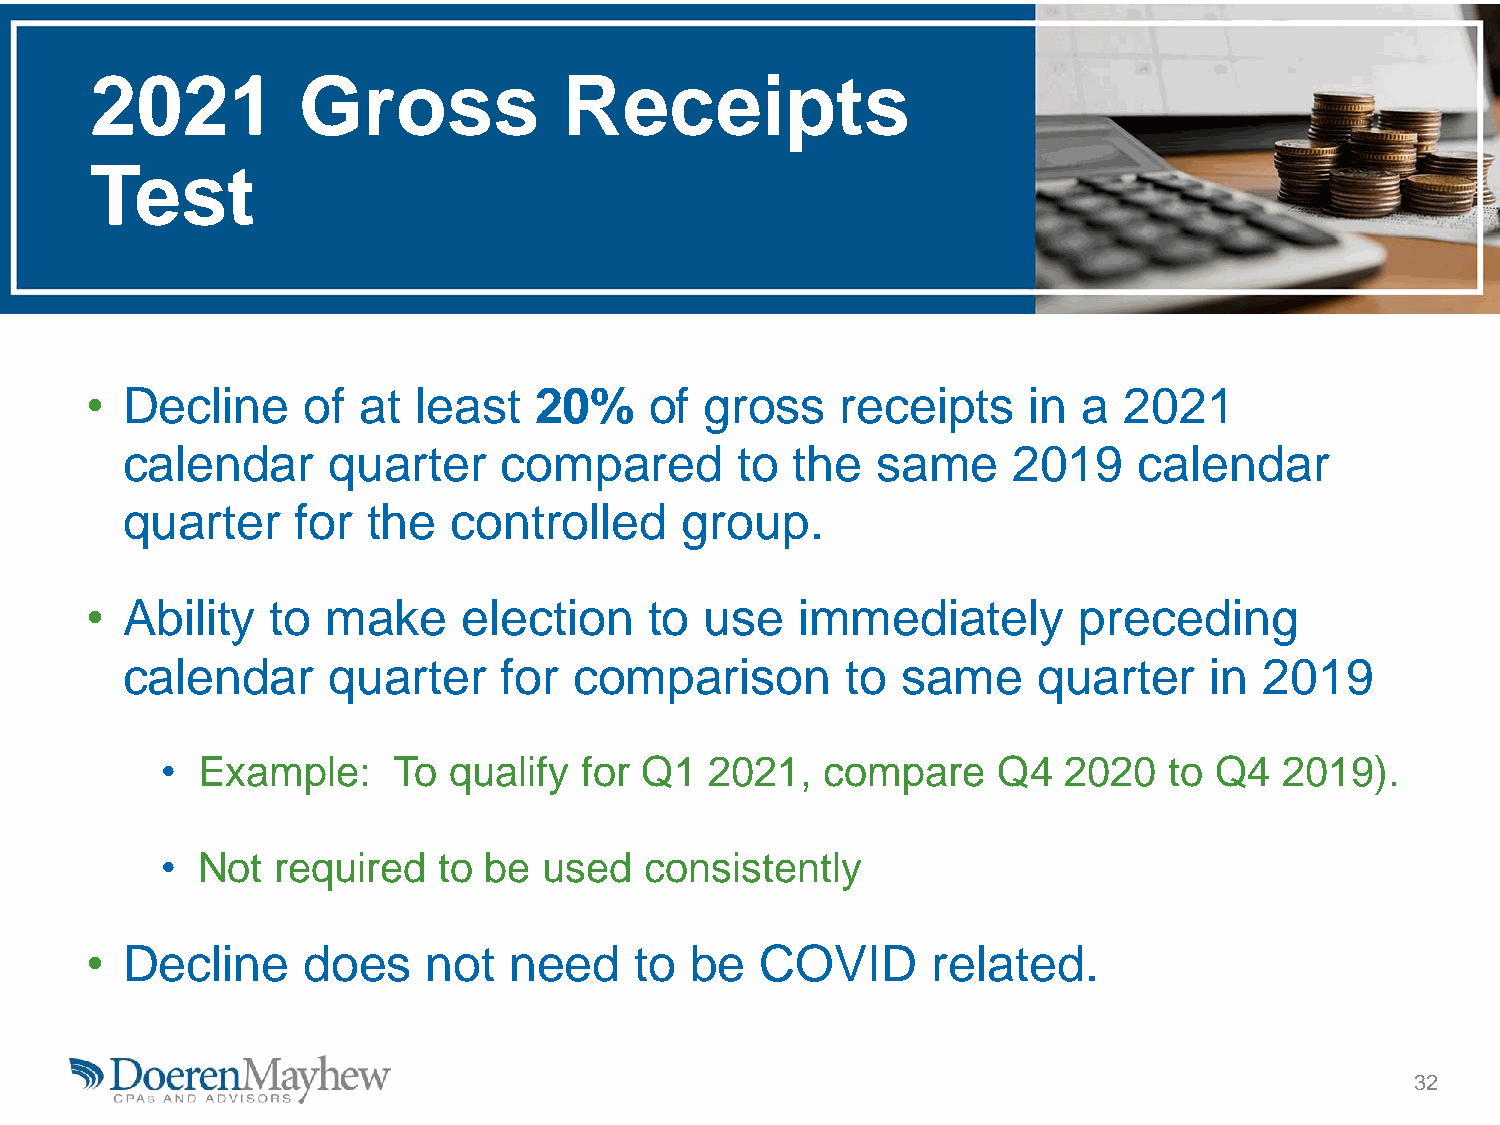
2021          Gross            Receipts
 Test
 • Decline     of  at least   20%     of  gross    receipts    in  a 2021
 calendar      quarter    compared        to  the  same     2019    calendar
 quarter     for the   controlled     group.
 • Ability   to  make     election    to  use   immediately       preceding
 calendar      quarter    for  comparison        to  same     quarter    in  2019
 • Example:     To  qualify  for Q1  2021,   compare    Q4  2020   to Q4   2019).
 • Not  required   to be  used   consistently
 • Decline     does    not   need    to  be  COVID       related.
 32